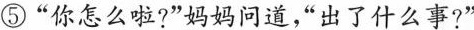
⑤”你怎么啦?”妈妈问道”出了什么事?”